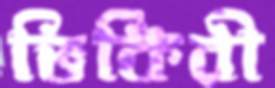
ভিকিরী